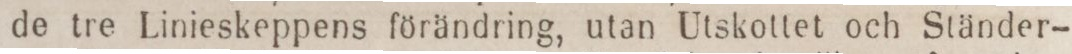
de tre Linieskeppens förändring, utan Utskottet och Ständer-